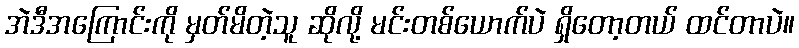
အဲဒီအကြောင်းကို မှတ်မိတဲ့သူ ဆိုလို့ မင်းတစ်ယောက်ပဲ ရှိတော့တယ် ထင်တာပဲ။